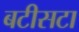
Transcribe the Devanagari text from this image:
बटीसटा